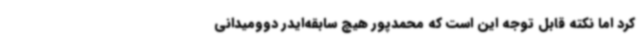
کرد اما نکته قابل توجه این است که محمدپور هیچ سابقه‌ایدر دوومیدانی